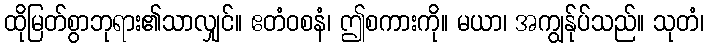
ထိုမြတ်စွာဘုရား၏သာလျှင်။ ဧတံဝစနံ၊ ဤစကားကို။ မယာ၊ အကျွန်ုပ်သည်။ သုတံ၊